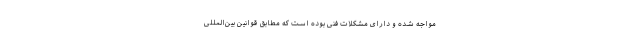
مواجه شده و دارای مشکلات فنی بوده است که مطابق قوانین بین‌المللی